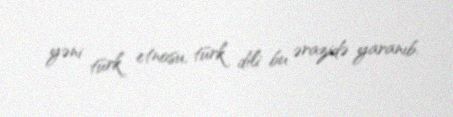
yəni türk etnosu, türk dili bu ərazidə yaranıb.